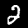
Label: 2